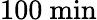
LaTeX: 100\ \mathrm{min}